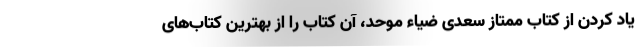
یاد کردن از کتاب ممتاز سعدی ضیاء موحد، آن کتاب را از بهترین کتاب‌های